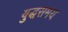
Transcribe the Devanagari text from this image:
युद्धसमय